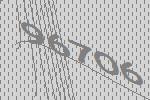
96706